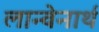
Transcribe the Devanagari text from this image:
लान्वेनार्थ